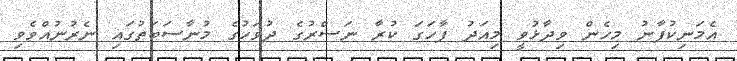
އެމަނިކުފާނު މިހެން ވިދާޅުވީ މިއަދު ފާހަގަ ކުރާ ނަސްރުގެ ދުވަހުގެ މުނާސަބަތުގައި ނެރުނުއްވެވި